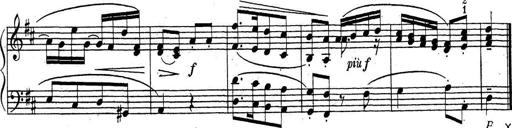
Title: ÄŒeskÃ© Sonatiny
Composer: Various